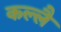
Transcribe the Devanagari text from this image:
कल्लै